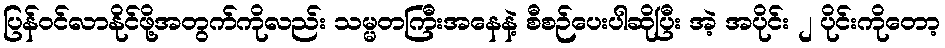
ပြန်ဝင်လာနိုင်ဖို့အတွက်ကိုလည်း သမ္မတကြီးအနေနဲ့ စီစဉ်ပေးပါဆိုပြီး အဲ့ အပိုင်း ၂ ပိုင်းကိုတော့